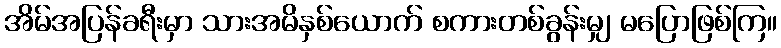
အိမ်အပြန်ခရီးမှာ သားအမိနှစ်ယောက် စကားတစ်ခွန်းမျှ မပြောဖြစ်ကြ။